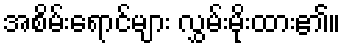
အစိမ်းရောင်များ လွှမ်းမိုးထား၏။